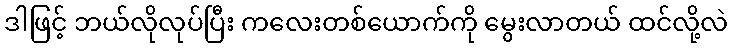
ဒါဖြင့် ဘယ်လိုလုပ်ပြီး ကလေးတစ်ယောက်ကို မွေးလာတယ် ထင်လို့လဲ